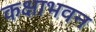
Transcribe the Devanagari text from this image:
कक्षाभवन